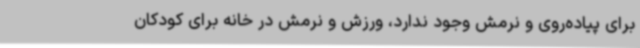
برای پیاده‌روی و نرمش وجود ندارد، ورزش و نرمش در خانه برای کودکان